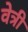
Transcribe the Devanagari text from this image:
वेत्री